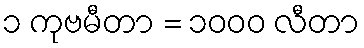
၁ ကုဗမီတာ = ၁၀၀၀ လီတာ